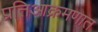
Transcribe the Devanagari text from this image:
प्रतिआक्रमणात